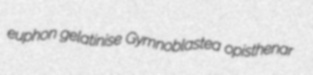
euphon gelatinise Gymnoblastea opisthenar